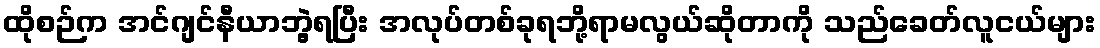
ထိုစဉ်က အင်ဂျင်နီယာဘွဲ့ရပြီး အလုပ်တစ်ခုရဘို့ရာမလွယ်ဆိုတာကို သည်ခေတ်လူငယ်များ